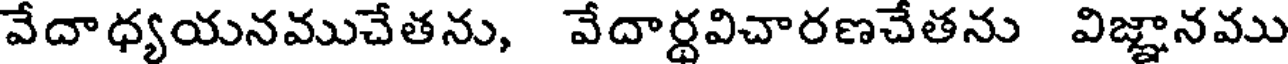
వేదాధ్యయనముచేతను, వేదార్థవిచారణచేతను విజ్ఞానము